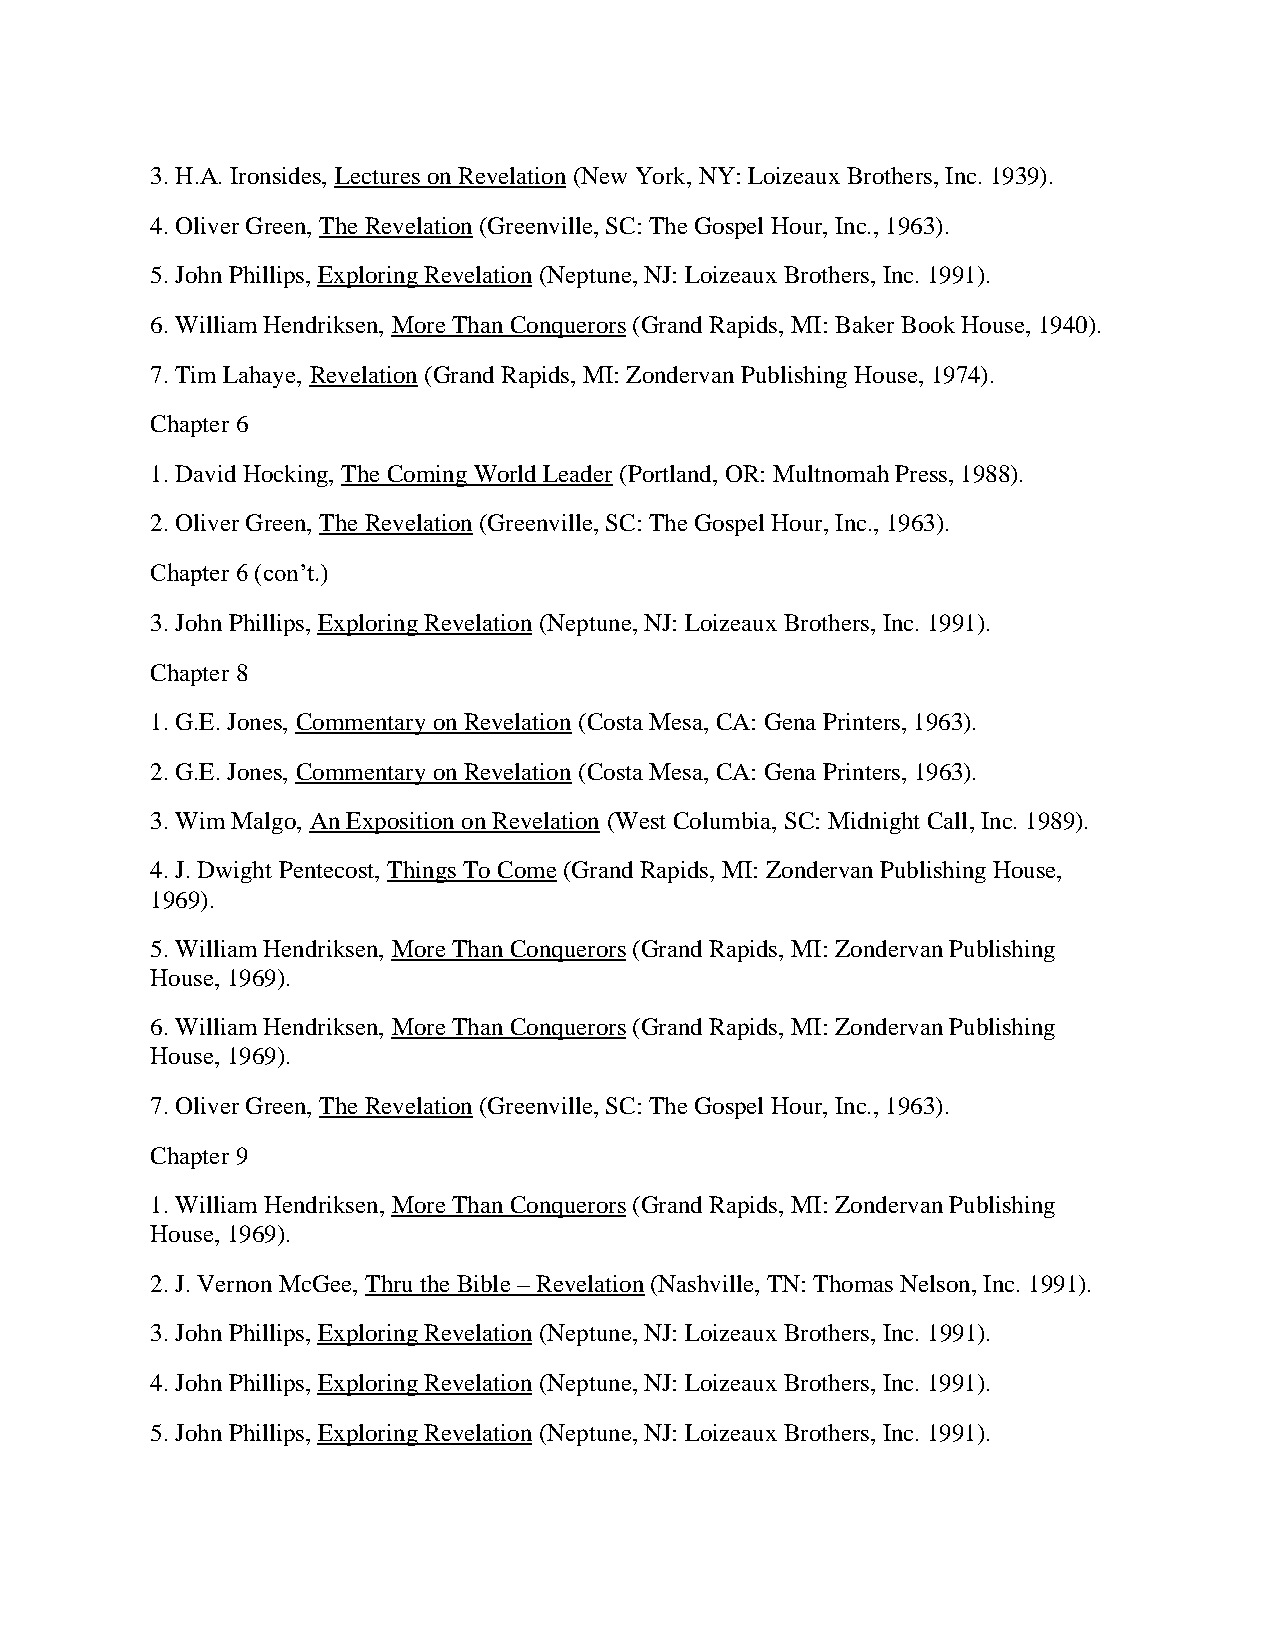
3. H.A. Ironsides, Lectures on Revelation (New York, NY: Loizeaux Brothers, Inc. 1939).
 4. Oliver Green, The Revelation (Greenville, SC: The Gospel Hour, Inc., 1963).
 5. John Phillips, Exploring Revelation (Neptune, NJ: Loizeaux Brothers, Inc. 1991).
 6. William Hendriksen, More Than Conquerors (Grand Rapids, MI: Baker Book House, 1940).
 7. Tim Lahaye, Revelation (Grand Rapids, MI: Zondervan Publishing House, 1974).
 Chapter 6
 1. David Hocking, The Coming World Leader (Portland, OR: Multnomah Press, 1988).
 2. Oliver Green, The Revelation (Greenville, SC: The Gospel Hour, Inc., 1963).
 Chapter 6 (con’t.)
 3. John Phillips, Exploring Revelation (Neptune, NJ: Loizeaux Brothers, Inc. 1991).
 Chapter 8
 1. G.E. Jones, Commentary on Revelation (Costa Mesa, CA: Gena Printers, 1963).
 2. G.E. Jones, Commentary on Revelation (Costa Mesa, CA: Gena Printers, 1963).
 3. Wim Malgo, An Exposition on Revelation (West Columbia, SC: Midnight Call, Inc. 1989).
 4. J. Dwight Pentecost, Things To Come (Grand Rapids, MI: Zondervan Publishing House,
 1969).
 5. William Hendriksen, More Than Conquerors (Grand Rapids, MI: Zondervan Publishing
 House, 1969).
 6. William Hendriksen, More Than Conquerors (Grand Rapids, MI: Zondervan Publishing
 House, 1969).
 7. Oliver Green, The Revelation (Greenville, SC: The Gospel Hour, Inc., 1963).
 Chapter 9
 1. William Hendriksen, More Than Conquerors (Grand Rapids, MI: Zondervan Publishing
 House, 1969).
 2. J. Vernon McGee, Thru the Bible – Revelation (Nashville, TN: Thomas Nelson, Inc. 1991).
 3. John Phillips, Exploring Revelation (Neptune, NJ: Loizeaux Brothers, Inc. 1991).
 4. John Phillips, Exploring Revelation (Neptune, NJ: Loizeaux Brothers, Inc. 1991).
 5. John Phillips, Exploring Revelation (Neptune, NJ: Loizeaux Brothers, Inc. 1991).